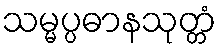
သမ္မပ္ပဓာနသုတ္တံ